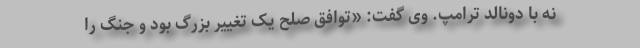
نه با دونالد ترامپ. وی گفت: «توافق صلح یک تغییر بزرگ بود و جنگ را